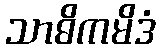
သာဓိကမိဒံ